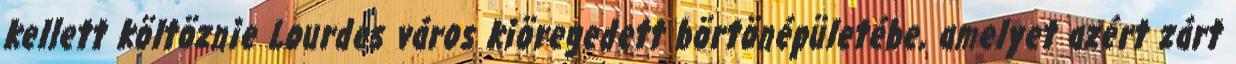
kellett költöznie Lourdes város kiöregedett börtönépületébe, amelyet azért zárt